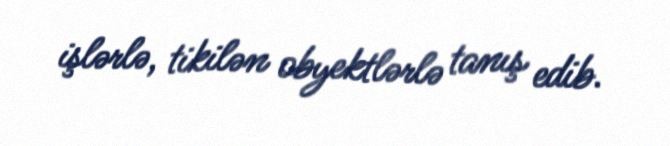
işlərlə, tikilən obyektlərlə tanış edib.